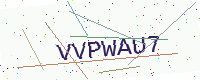
Text: VVPWAU7